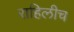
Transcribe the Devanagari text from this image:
राहिलीच